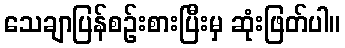
သေချာပြန်စဉ်းစားပြီးမှ ဆုံးဖြတ်ပါ။